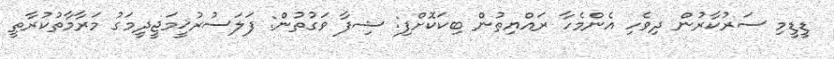
ޑީޑީމި ސަރުކާރުން ދިވެހި އެންމެހާ ރައްޔިތުން ބިކަކޮށްފި: ޝިފާ ވަގުތުން: ފަލަސުރުޚީމަޖީދީމަގު މަރާމާތުކުރާތީ